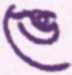
ভে